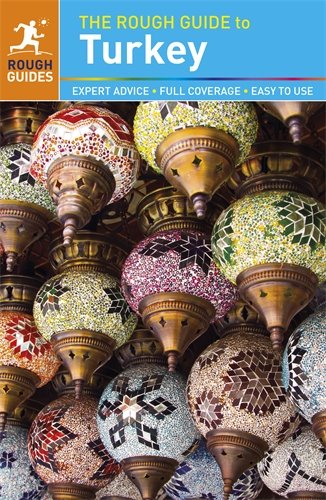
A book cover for The Rough Guide to Turkey; Terry Richardson; Travel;